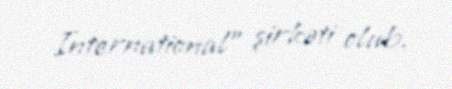
International” şirkəti olub.